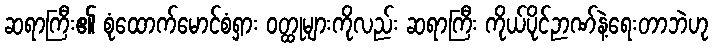
ဆရာကြီး၏ စုံထောက်မောင်စံရှား ဝတ္ထုများကိုလည်း ဆရာကြီး ကိုယ်ပိုင်ဉာဏ်နဲ့ရေးတာဘဲဟု